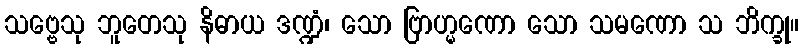
သဗ္ဗေသု ဘူတေသု နိဓာယ ဒဏ္ဍံ၊ သော ဗြာဟ္မဏော သော သမဏော သ ဘိက္ခု။